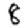
Digit: 8